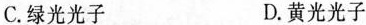
C.绿光光子 D.黄光光子